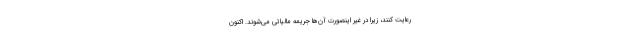
رعایت کنند، زیرا در غیر اینصورت آن‌ها جریمه مالیاتی می‌شوند. اکنون